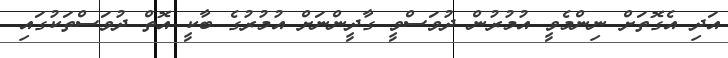
އަދި އެގޮތަށް ނިންމެވީ އުމުރުން ދުވަސްވީ ގާދީންނަށް އުމުރުގެ ބާކީ އޮތް ދުވަސްތަކުގައި